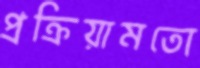
প্রক্রিয়ামতো